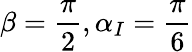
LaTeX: \beta=\frac{\pi}{2},\alpha_{I}=\frac{\pi}{6}